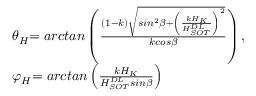
\begin{array} { l l } { { \theta } _ { H } { = a r c t a n } \left( \frac { \left( 1 - k \right) \sqrt { s i n ^ { 2 } \beta + { \left( \frac { k H _ { K } } { H _ { S O T } ^ { D L } } \right) } ^ { 2 } } } { k c o s \beta } \right) , } \\ { { \varphi } _ { H } { = a r c t a n } \left( \frac { k H _ { K } } { H _ { S O T } ^ { D L } s i n \beta } \right) } \end{array}